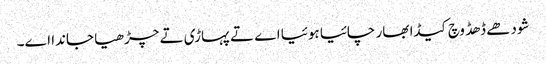
شودھے ڈھڈ وچ کیڈا بھار چائیا ہوئیا اے تے پہاڑی تے چڑھیا جاندا اے۔